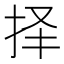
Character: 择